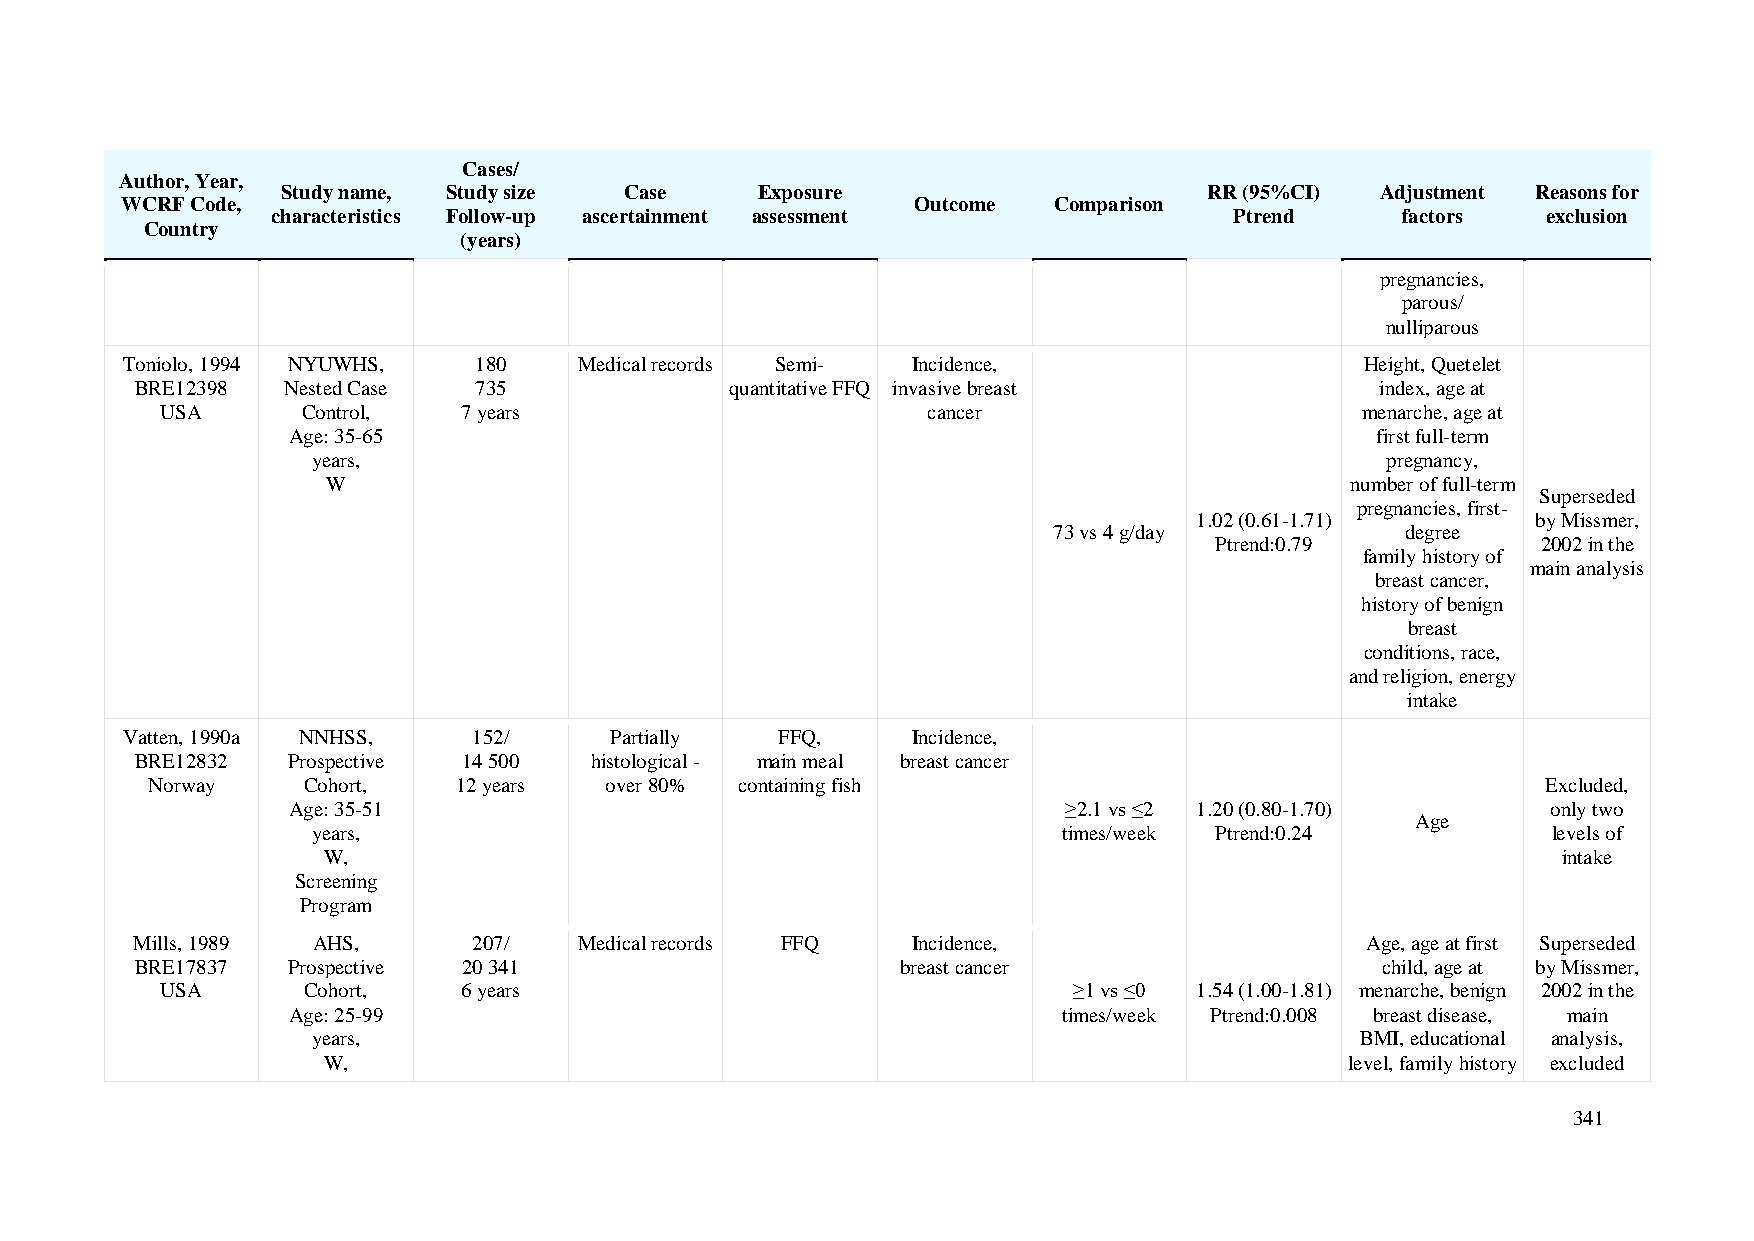
Cases/
 Author, Year,
 Study name, Study size Case    Exposure                      RR (95%CI) Adjustment Reasons for
 WCRF Code,                                           Outcome  Comparison
 characteristics Follow-up ascertainment assessment              Ptrend     factors  exclusion
 Country
 (years)
 pregnancies,
 parous/
 nulliparous
 Toniolo, 1994 NYUWHS,  180    Medical records Semi- Incidence,                    Height, Quetelet
 BRE12398  Nested Case 735              quantitative FFQ invasive breast           index, age at
 USA      Control,   7 years                       cancer                       menarche, age at
 Age: 35-65                                                              first full-term
 years,                                                                 pregnancy,
 W                                                                  number of full-term
 Superseded
 pregnancies, first-
 1.02 (0.61-1.71)       by Missmer,
 73 vs 4 g/day          degree
 Ptrend:0.79           2002 in the
 family history of
 main analysis
 breast cancer,
 history of benign
 breast
 conditions, race,
 and religion, energy
 intake
 Vatten, 1990a NNHSS,   152/     Partially   FFQ,    Incidence,
 BRE12832  Prospective 14 500  histological - main meal breast cancer
 Norway    Cohort,   12 years  over 80% containing fish                                      Excluded,
 Age: 35-51                                          ≥2.1 vs ≤2 1.20 (0.80-1.70)     only two
 Age
 years,                                           times/week Ptrend:0.24           levels of
 W,                                                                                intake
 Screening
 Program
 Mills, 1989 AHS,      207/   Medical records FFQ   Incidence,                    Age, age at first Superseded
 BRE17837  Prospective 20 341                       breast cancer                  child, age at by Missmer,
 USA      Cohort,    6 years                                 ≥1 vs ≤0 1.54 (1.00-1.81) menarche, benign 2002 in the
 Age: 25-99                                         times/week Ptrend:0.008 breast disease, main
 years,                                                               BMI, educational analysis,
 W,                                                                  level, family history excluded
 341